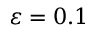
\varepsilon = 0 . 1